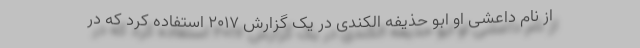
از نام داعشی او ابو حذیفه الکندی در یک گزارش ۲۰۱۷ استفاده کرد که در